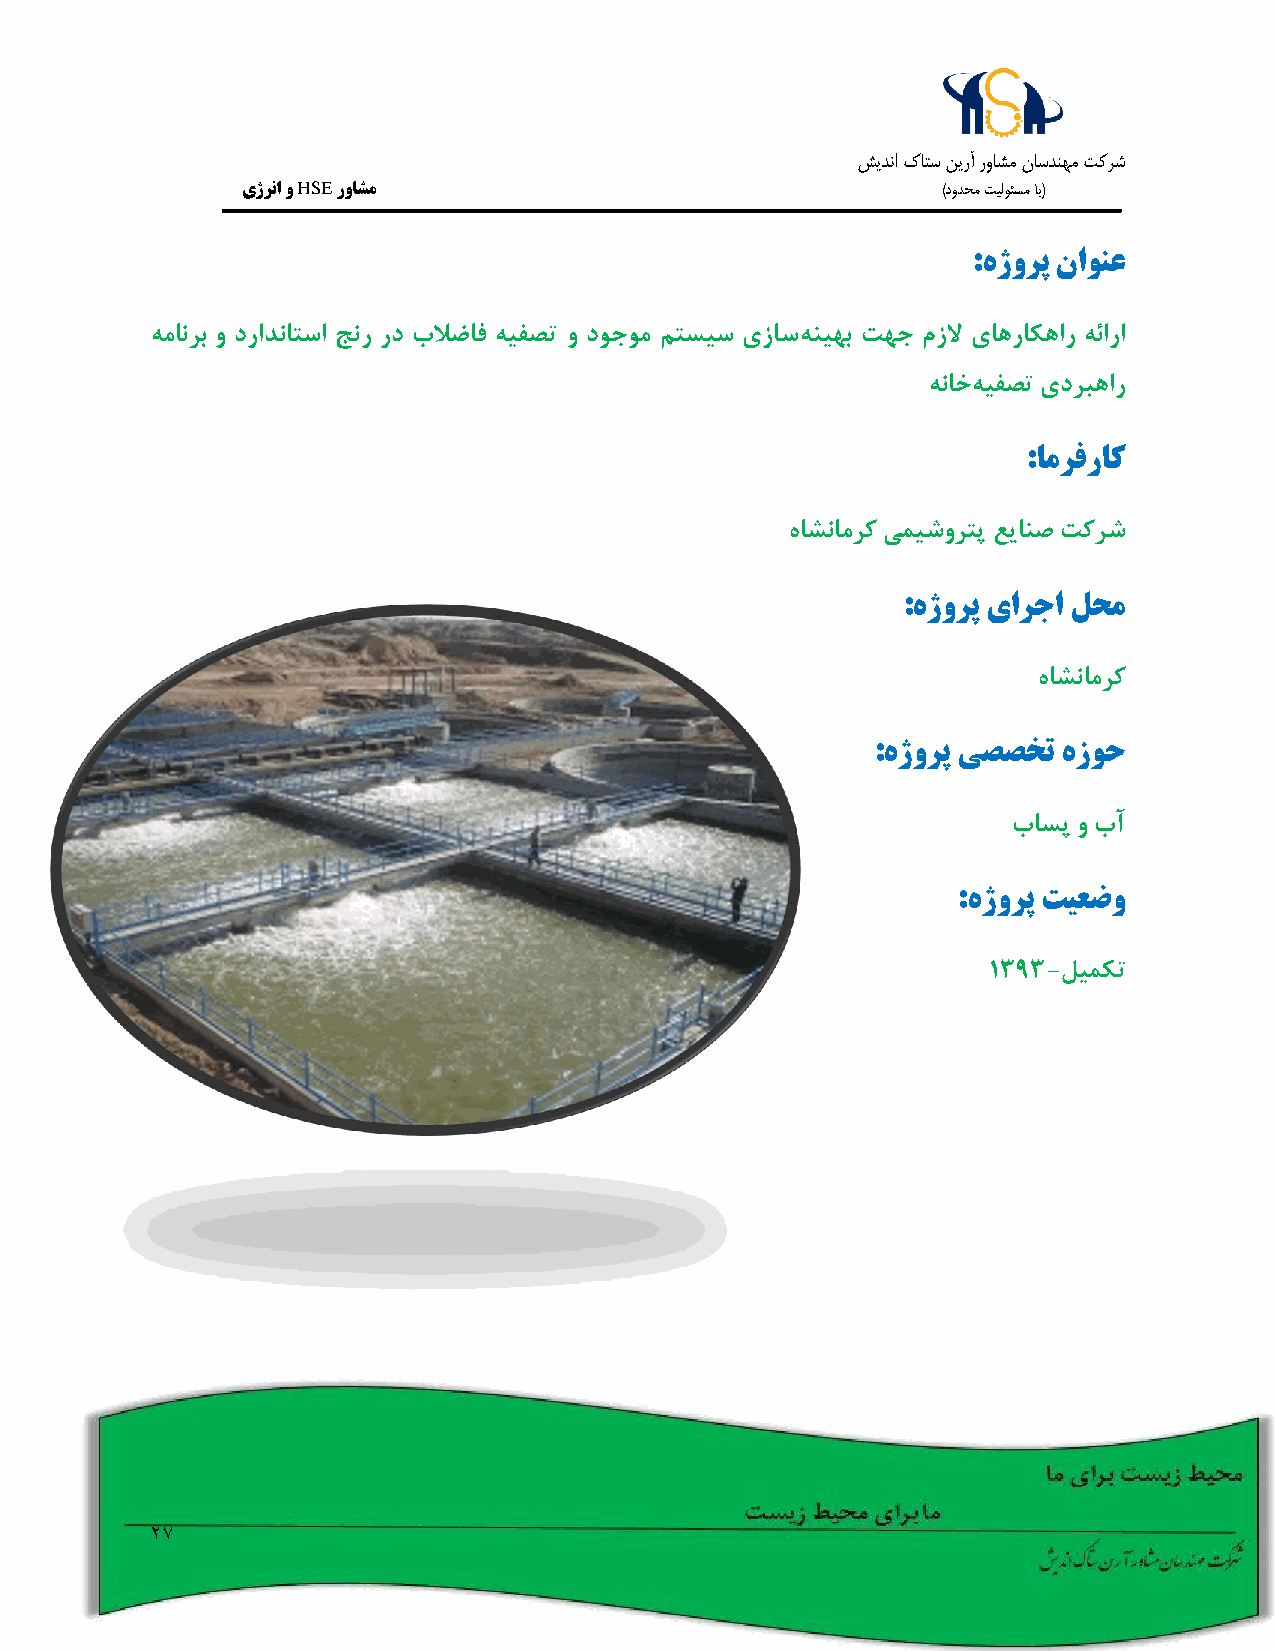
شيدنا كاتس نيرآ رواشم ناسدنهم تکرش
 یژرنا و HSE رواشم                             )دودحم تيلوئسم اب(
 :هژورپ ناونع
 همانرب و درادناتسا جنر رد بلاضاف هیفصت و دوجوم متسیس یزاسهنیهب تهج مزلا یاهراکهار هئارا
 هناخهیفصت یدربهار
 :امرفراک
 هاشنامرک یمیشورتپ عیانص تکرش
 :هژورپ یارجا لحم
 هاشنامرک
 :هژورپ یصصخت هزوح
 باسپ و بآ
 :هژورپ تیعضو
 1393-لیمکت
 27